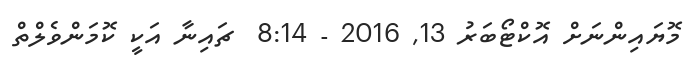
މޮޔައިންނަށް އޮކްޓޯބަރު 13